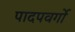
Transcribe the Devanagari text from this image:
पादपवर्गो